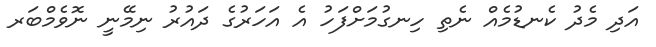
އަދި މެދު ކެނޑުމެއް ނެތި ހިނގުމަށްފަހު އެ އަހަރުގެ ދައުރު ނިމޭނީ ނޮވެމްބަރ